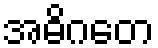
အဓိဂတေ